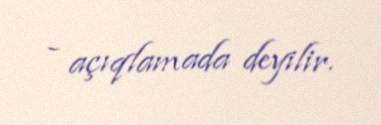
- açıqlamada deyilir.